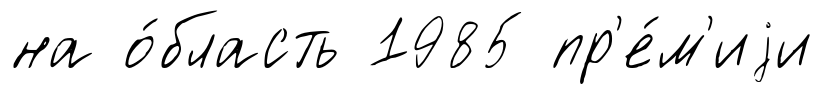
на о́бласть 1985 пр'е́м'иjи